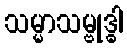
သမ္မာသမ္ဗုဒ္ဓါ